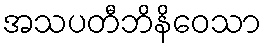
အသပတီဘိနိဝေသာ